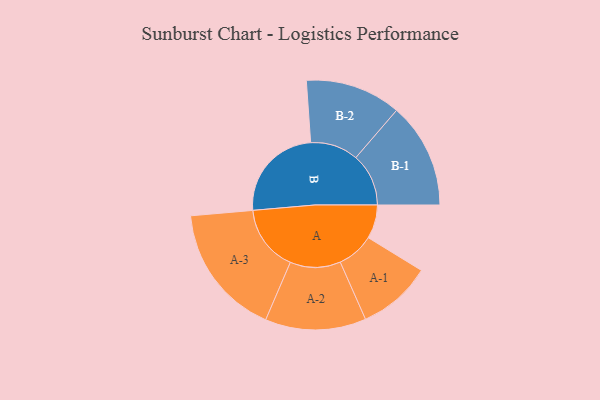
{"axis": {"x": "Segment", "y": "Value"}, "legend": ["", "A", "B"], "data": [{"x": "A", "y": 146, "type": ""}, {"x": "B", "y": 421, "type": ""}, {"x": "A-1", "y": 160, "type": "A"}, {"x": "A-2", "y": 218, "type": "A"}, {"x": "A-3", "y": 286, "type": "A"}, {"x": "B-1", "y": 228, "type": "B"}, {"x": "B-2", "y": 207, "type": "B"}]}